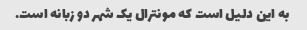
به این دلیل است که مونترال یک شهر دو زبانه است.